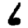
Digit: 6